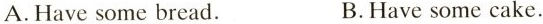
A.Have some bread. B.Have some cake.